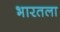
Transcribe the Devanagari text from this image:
भारतला